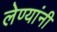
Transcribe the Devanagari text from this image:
लेण्यांनी